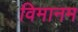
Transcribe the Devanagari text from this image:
विमानम